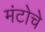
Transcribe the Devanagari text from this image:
मंटोचे